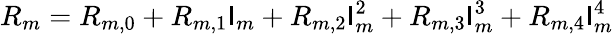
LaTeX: R_{m}=R_{m,0}+R_{m,1}\mathsf{I}_{m}+R_{m,2}\mathsf{I}_{m}^{2}+R_{m,3}\mathsf{I}_{m}^{3}+R_{m,4}\mathsf{I}_{m}^{4}